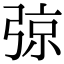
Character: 弶